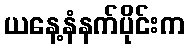
ယနေ့နံနက်ပိုင်းက